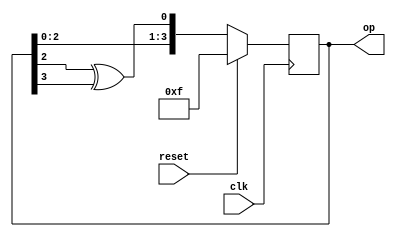
module LFSR(input clk,reset,output reg [3:0] op);
  always@(posedge clk)
    begin
      if(reset)
        op<=4'hf;
      else
        op<={op[2:0],op[2]^op[3]};
    end
endmodule